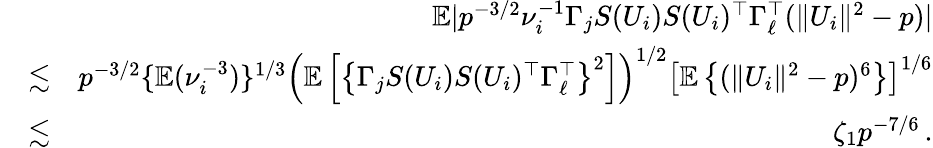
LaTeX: \begin{array}{rlr}&{}&{{\mathbb{E}}|p^{-3/2}\nu_{i}^{-1}\Gamma_{j}S(U_{i})S(U_{i})^{\top}\Gamma_{\ell}^{\top}(\| U_{i}\| ^{2}-p)|}\\ &{\lesssim}&{p^{-3/2}\{ {\mathbb{E}}(\nu_{i}^{-3})\} ^{1/3}\left({\mathbb{E}}\left[\left\{ \Gamma_{j}S(U_{i})S(U_{i})^{\top}\Gamma_{\ell}^{\top}\right\} ^{2}\right]\right)^{1/2}\left[{\mathbb{E}}\left\{ (\| U_{i}\| ^{2}-p)^{6}\right\} \right]^{1/6}}\\ &{\lesssim}&{\zeta_{1}p^{-7/6}\, .}\end{array}